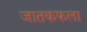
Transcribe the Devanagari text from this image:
जातकफला